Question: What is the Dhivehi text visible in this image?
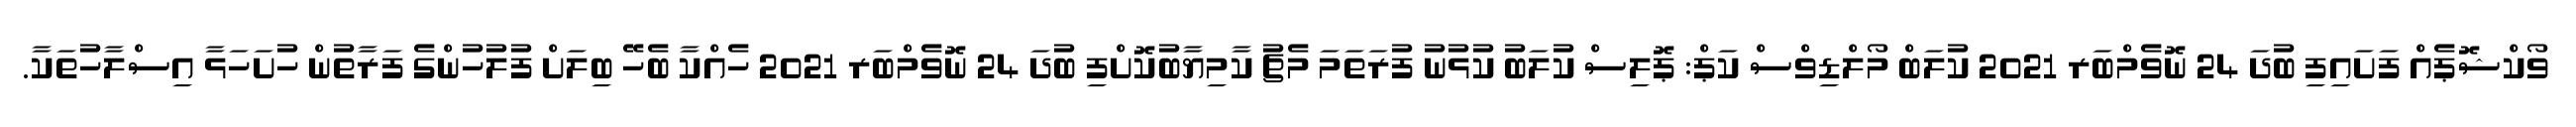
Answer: ވޯކްޝޮޕެއް ފަށައިފި ބުދަ 24 ނޮވެމްބަރ 2021 ކުލަބް މޯލްޑިވްސް ކަޕް: ޕޮލިސް ކުލަބު ކުޅުނު ފުރަތަމަ މެޗު ކާމިޔާބުކޮށްފި ބުދަ 24 ނޮވެމްބަރ 2021 ހެއްކާ ބެހޭ ބިލަށް ފުލުހުންގެ ފަރާތުން ހުށަހަޅާ އިސްލާހުތަކާ.